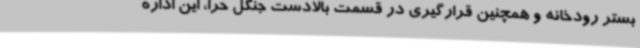
بستر رودخانه و همچنین قرارگیری در قسمت بالادست جنگل حرا، این اداره